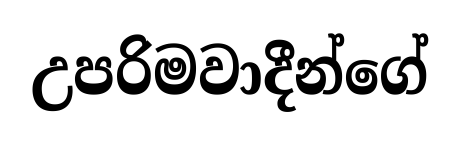
උපරිමවාදීන්ගේ